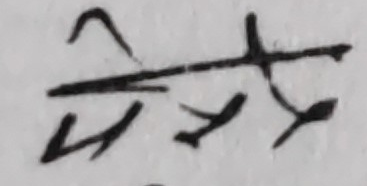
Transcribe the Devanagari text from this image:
तर्क